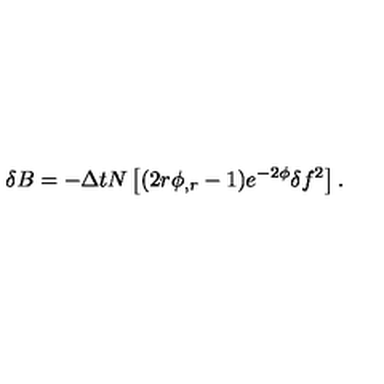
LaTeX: \delta B = - \Delta t N \left[ ( 2 r \phi _ { , r } - 1 ) e ^ { - 2 \phi } \delta f ^ { 2 } \right] .